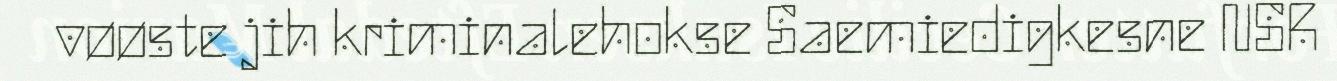
vøøste jih kriminalehokse Saemiedigkesne NSR